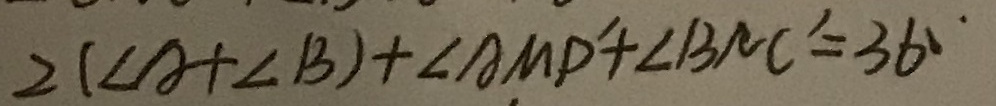
2 ( \angle A + \angle B ) + \angle A M D ^ { \prime } + \angle B N C ^ { \prime } = 3 6 0 ^ { \circ }